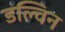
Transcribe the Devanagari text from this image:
डल्विन